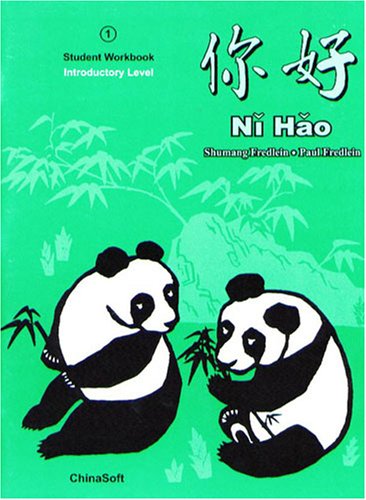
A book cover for Ni Hao 1: Simplified Character Revised Student Workbook Edition (Chinese Edition); Shumang Fredlein; Teen & Young Adult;